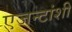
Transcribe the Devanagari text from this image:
एजन्टांशी